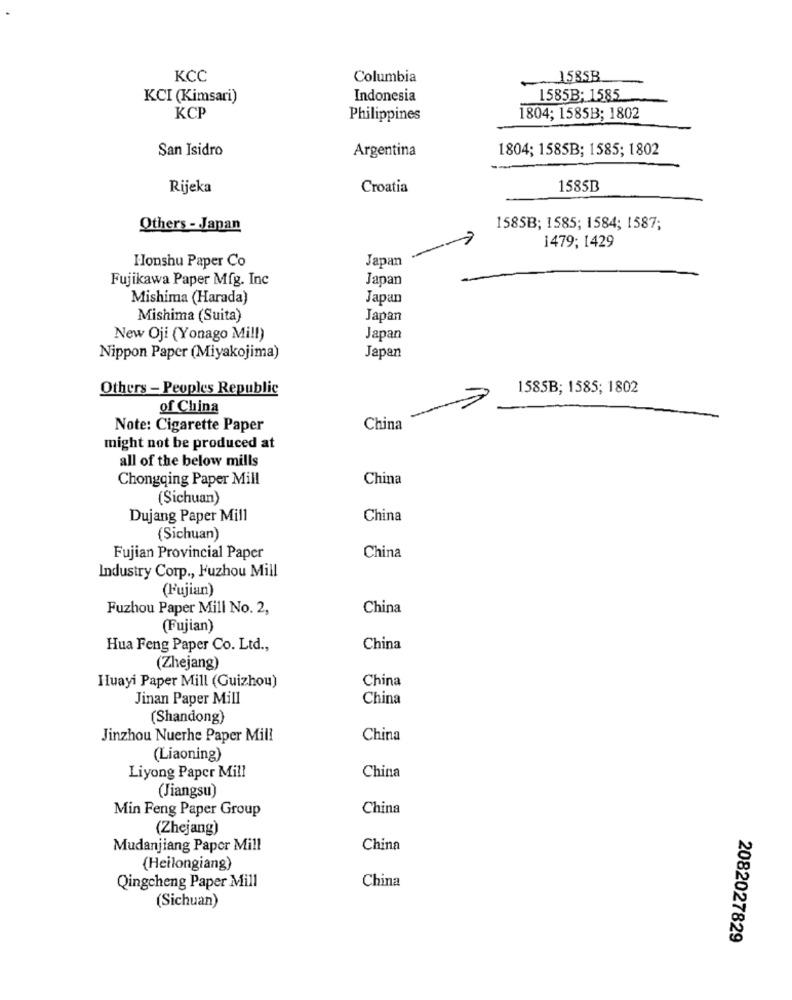
KCC
Columbia
1585B
KCI (Kimsari)
Indonesia
1585B; 1585
KCP
Philippines
1804; 1585B; 1802
San Isidro
Argentina
1804; 1585B; 1585; 1802
Rijeka
Croatia
1585B
Others - Japan
1585B; 1585; 1584; 1587;
1479; 1429
Japan
Honshu Paper Co
Fujikawa Paper Mfg. Inc
Japan
Mishima (Harada)
Japan
Mishima (Suita)
Japan
New Oji (Yonago Mill)
Japan
Nippon Paper (Miyakojima)
Japan
Others - People's Republic
1585B; 1585; 1802
of China
Note: Cigarette Paper
China
might not be produced at
all of the below mills
Chongqing Paper Mill
China
(Sichuan)
Dujang Paper Mill
China
(Sichuan)
Fujian Provincial Paper
China
Industry Corp ., Fuzhou Mill
(Fujian)
Fuzhou Paper Mill No. 2,
China
(Fujian)
Hua Feng Paper Co. Ltd .,
China
(Zhejang)
China
Huayi Paper Mill (Guizhou)
Jinan Paper Mill
China
(Shandong)
Jinzhou Nuerhe Paper Mill
China
(Liaoning)
Liyong Paper Mill
China
(Jiangsu)
Min Feng Paper Group
China
(Zhejang)
Mudanjiang Paper Mill
China
(Heilongiang)
Qingcheng Paper Mill
China
(Sichuan)
2082027829